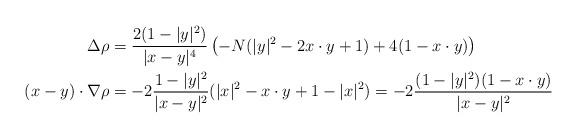
LaTeX: \begin{align*}\Delta \rho&=\frac{2(1-|y|^2)}{|x-y|^4}\left(-N(|y|^2-2x\cdot y+1)+4(1-x\cdot y)\right)\\(x-y)\cdot \nabla \rho&=-2\frac{1-|y|^2}{|x-y|^2} (|x|^2-x\cdot y +1-|x|^2)=-2\frac{(1-|y|^2)(1-x\cdot y)}{|x-y|^2}\end{align*}